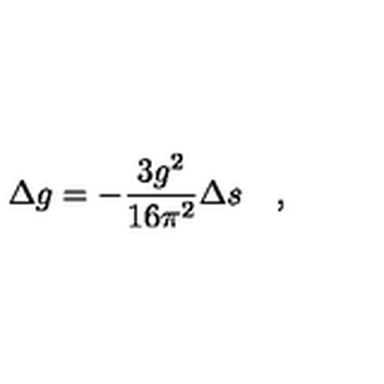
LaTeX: \Delta g = - { \frac { 3 g ^ { 2 } } { 1 6 \pi ^ { 2 } } } \Delta s \quad ,